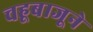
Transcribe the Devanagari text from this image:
चहूबाजूने